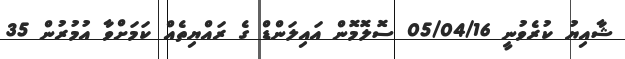
ޝާއިޔު ކުރެވުނީ 05/04/16 ސޮލޮމޮން އައިލަންޑް ގެ ރައްޔިތެއް ކަމަށްވާ އުމުރުން 35